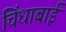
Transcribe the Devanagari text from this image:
चिंधाबाई